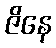
ဇိနေ